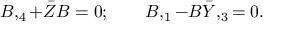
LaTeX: B , _ { 4 } + \bar { Z } B = 0 ; \qquad B , _ { 1 } - B \bar { Y } , _ { 3 } = 0 .